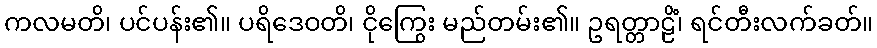
ကလမတိ၊ ပင်ပန်း၏။ ပရိဒေဝတိ၊ ငိုကြွေး မည်တမ်း၏။ ဥရတ္တာဠိံ၊ ရင်တီးလက်ခတ်။